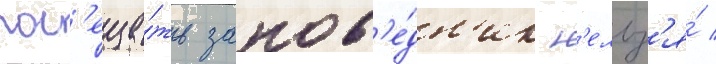
пос'еща́ть запов'е́дн'ик н'ельз'я́ /